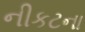
નીકટના